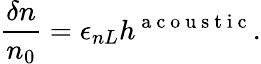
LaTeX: \frac{\delta n}{n_{0}}=\epsilon_{nL}h^{\mathrm{~a~c~o~u~s~t~i~c~}}.